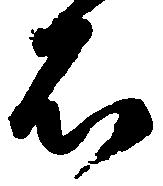
石